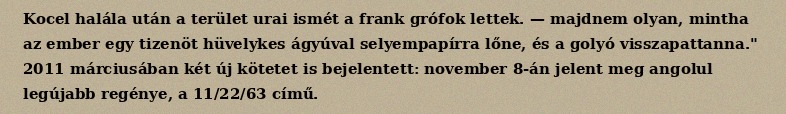
Kocel halála után a terület urai ismét a frank grófok lettek. — majdnem olyan, mintha az ember egy tizenöt hüvelykes ágyúval selyempapírra lőne, és a golyó visszapattanna." 2011 márciusában két új kötetet is bejelentett: november 8-án jelent meg angolul legújabb regénye, a 11/22/63 című.